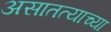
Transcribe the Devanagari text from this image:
असातत्याच्या